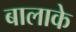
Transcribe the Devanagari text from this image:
बालाके